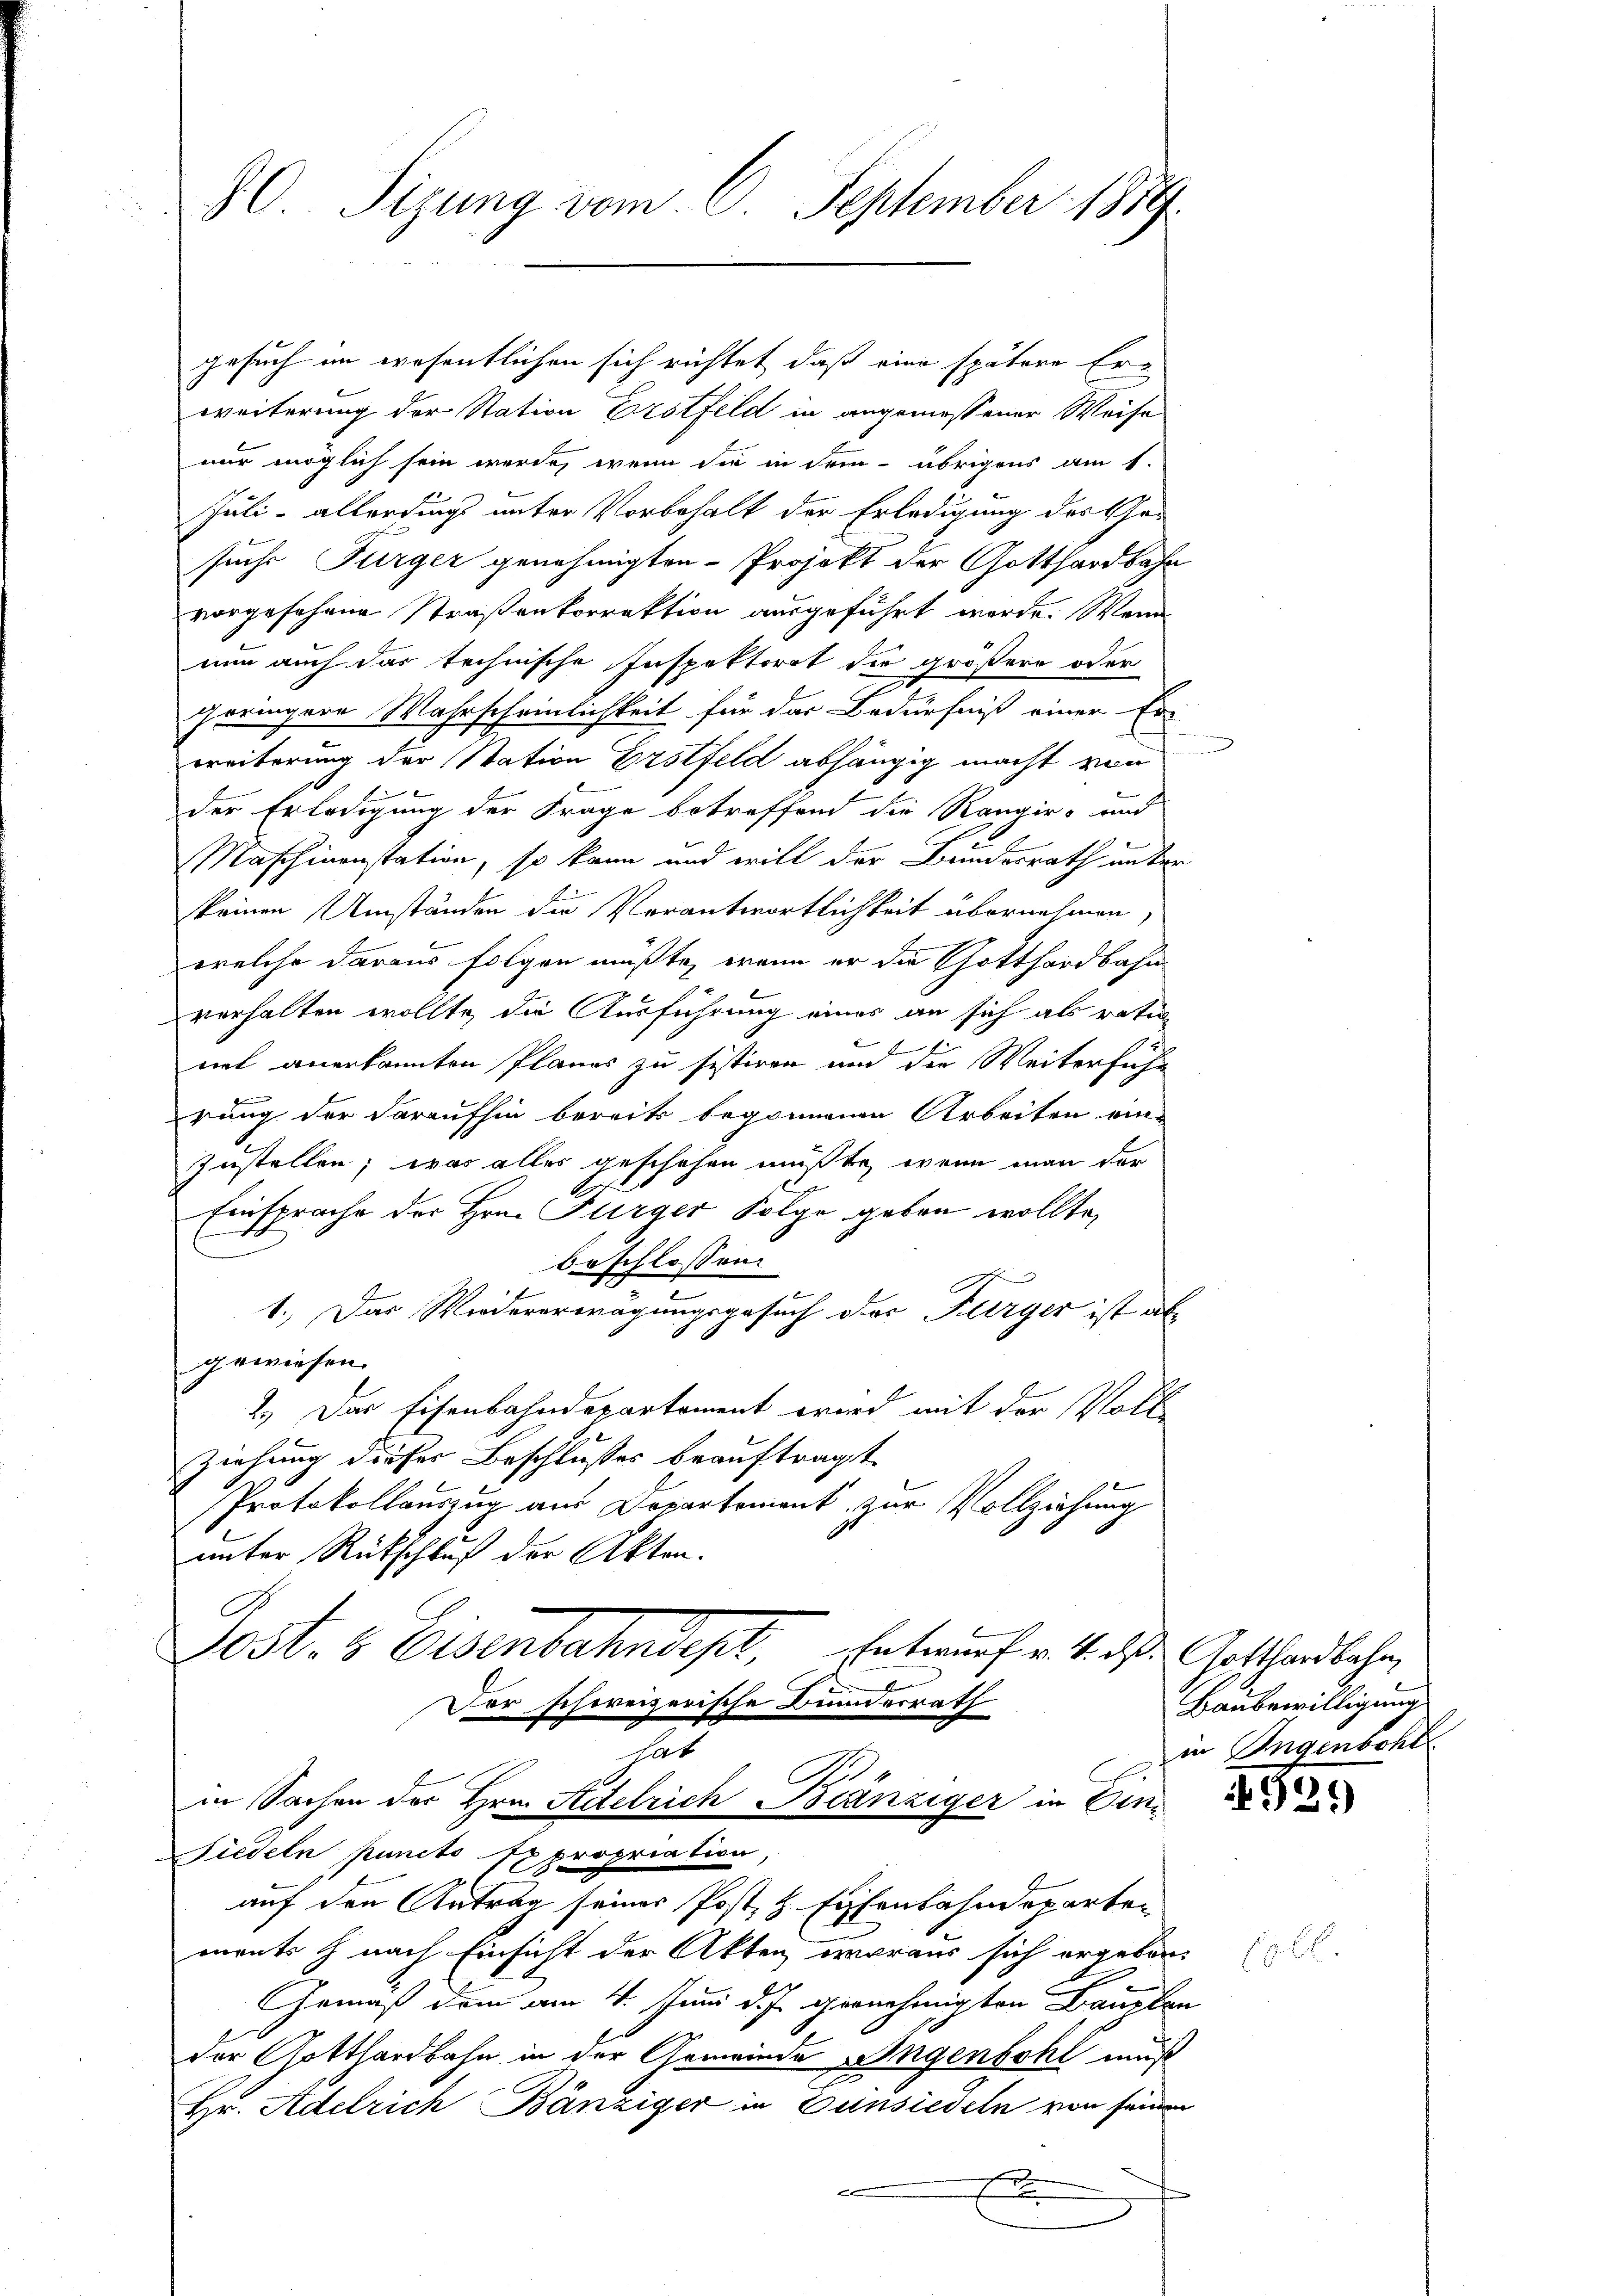
80 Sigung vom 6. September 1819.

gesuch im wesentlichen sich richtet, daß eine spätere Erweiterung der Station Erstfeld in angemessener Weise
mur möglich sein werde, wenn sie in dem übrigens am 1.
Juli - allerdings unter Vorbehalt der Erledigung des Gesuchs Furger genehmigten Projekt der Gotthardbahn
vorgesehene Straßenkorrektion ausgeführt werde. Wenn
nun auch das technische Inspektorat die größere oder
geringere Wahrscheinlichkeit für das Bedürfniß einer Er-
weiterung der Station Erstfeld abhängig macht von
der Erledigung der Frage betreffend die Rangir- und
Maschinenstation, so kann und will der Bundesrath unter
keinen Umständen die Verantwortlichkeit übernehmen
welche daraus folgen müßte, wenn er die Gotthardbahn
verhalten wollte, die Ausführung eines an sich als ration
F
nit anerkannten Planes zu sistiren und die Weiterführ
rung der daraufhin bereits begonnenen Arbeiten ein-
zustellen; was alles geschehen mußte, wenn man der
Sch
Einsprache der Hrn. Fürger Folge geben wollte,
Beschlossen
1.) Das Wiedererwägungsgesuch der Furger ist ab
gewiesen.
2.) Das Eisenbahndepartement wird mit der Voll
Ziehung dieser Beschlußes beauftragt.
Protokollauszug aus Departement zur Vollziehung
unter Rückschluß der Akten.
Dost. H. Eisenbahndet,
Entwurf v. 4. ds. Gotthardbahn,
For schweizerische Bunderrath
hat
in Sachen der Hrn. Actelrich Bränziger in An
Siedeln puncto Expropriation,
auf den Antrag seiner Post & Eisenbahndeparten
ments & nach Einsicht der Akten woraus sich ergeben.
Gemäß dem am 4. Juni d. J. gernehmigten Bauelan
der Gotthardbahn in der Gemeinde ungenbohl muß
Hr. Adelrich Bänziger in Einsiedeln von seinen
F

Baubewilligung
in Ingenbohl

E b